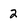
Character: 2